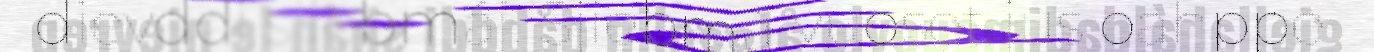
dievddi sjiebmáj. Sjiebmá vuoset jus oahppe